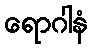
ရောဂါနံ